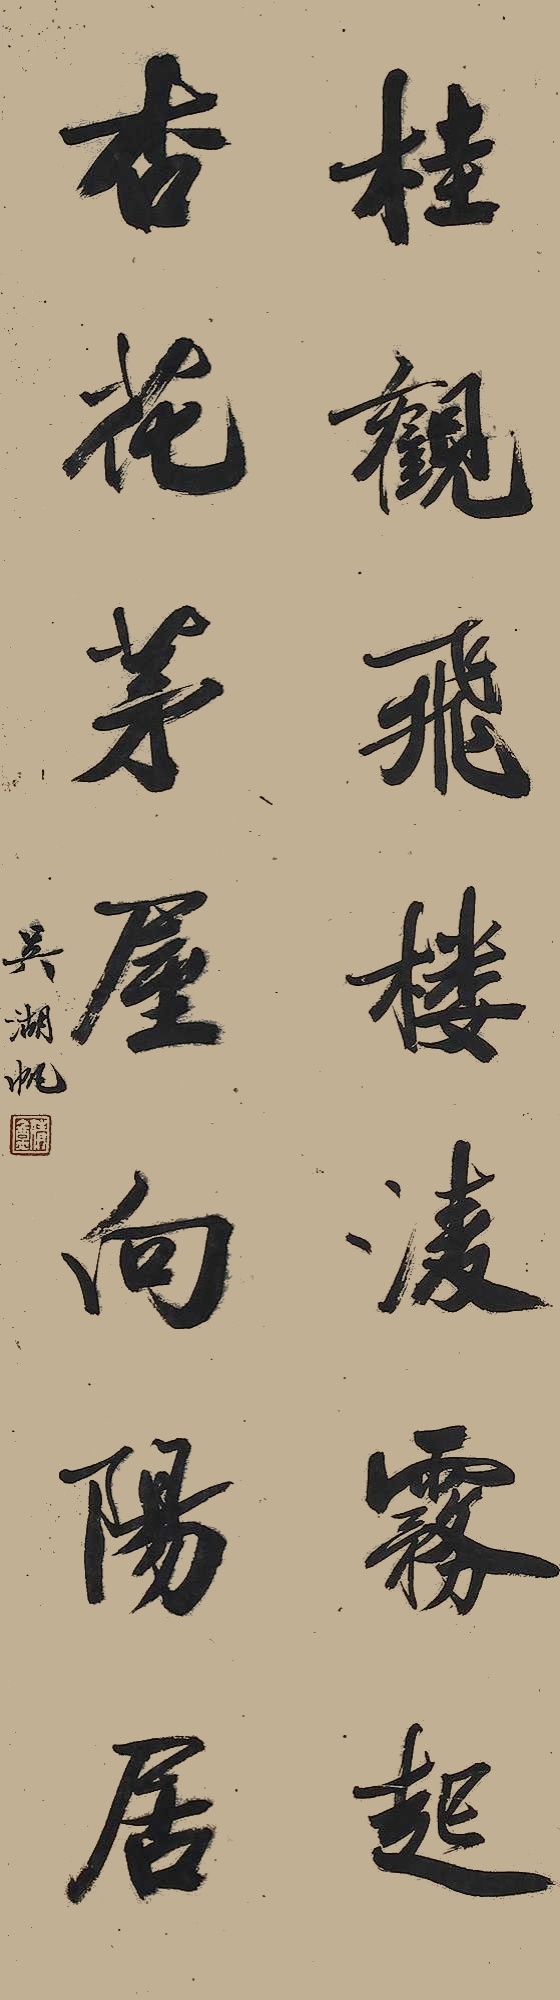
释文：桂观飞楼凌雾起，杏花茅屋向阳居。吴湖帆。